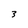
Character: 3